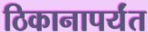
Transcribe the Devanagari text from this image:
ठिकानापर्यंत